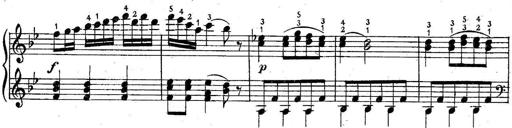
Title: 6 Easy Sonatinas
Composer: Carl Czerny